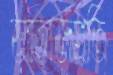
জাহাজপ্রতি